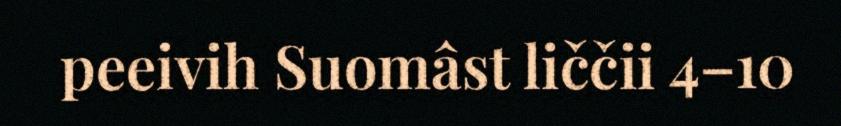
peeivih Suomâst liččii 4–10